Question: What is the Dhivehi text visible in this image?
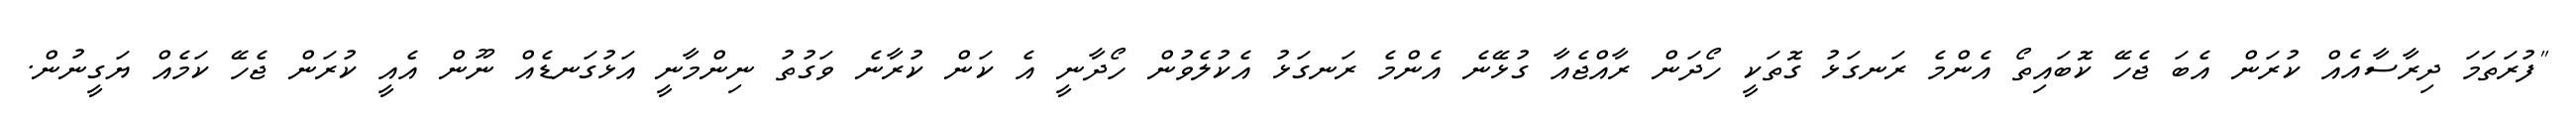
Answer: "ފުރަތަމަ ދިރާސާއެއް ކުރަން އެބަ ޖެހޭ ކޮބައިތޯ އެންމެ ރަނގަޅު ގޮތަކީ ހޯދަން ރާއްޖެއާ ގުޅޭނެ އެންމެ ރަނގަޅު އެކުލެވުން ހޯދާނީ އެ ކަން ކުރާނެ ވަގުތު ނިންމާނީ އަޅުގަނޑެއް ނޫން އެއީ ކުރަން ޖެހޭ ކަމެއް ޔަގީނުން.